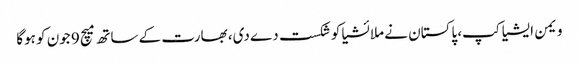
ویمن ایشیا کپ، پاکستان نے ملائشیا کو شکست دے دی، بھارت کے ساتھ میچ 9 جون کو ہوگا